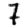
Digit: 7